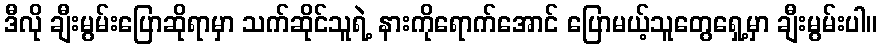
ဒီလို ချီးမွမ်းပြောဆိုရာမှာ သက်ဆိုင်သူရဲ့ နားကိုရောက်အောင် ပြောမယ့်သူတွေရှေ့မှာ ချီးမွမ်းပါ။